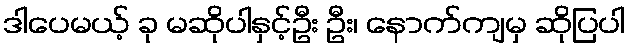
ဒါပေမယ့် ခု မဆိုပါနှင့်ဦး ဦး၊ နောက်ကျမှ ဆိုပြပါ